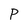
Character: P